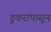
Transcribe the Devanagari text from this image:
डुकरांपासून